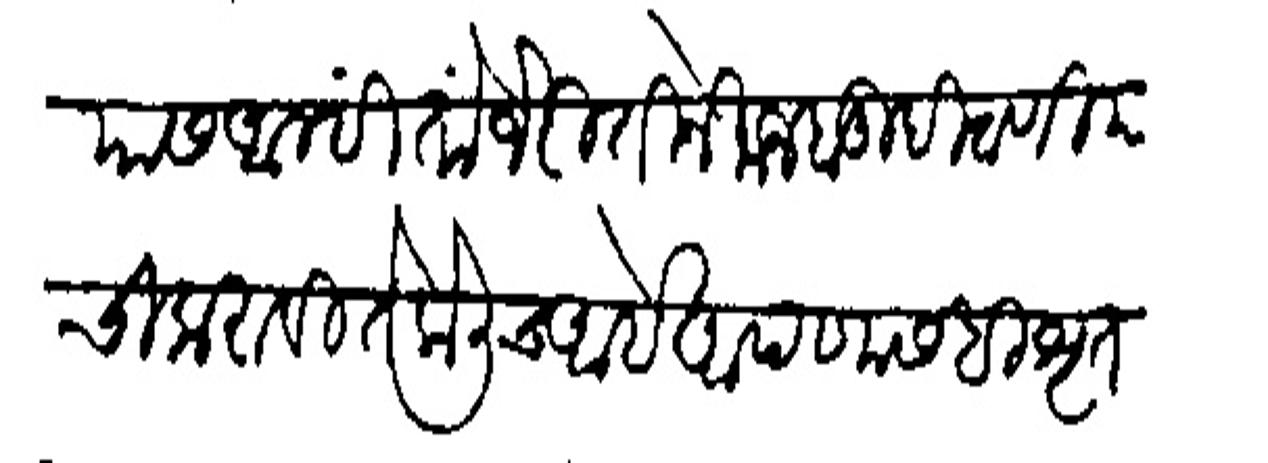
Transliteration (Devanagari): यास आम्हीं तों जे रीतीने मजबुदी ठाणीयांची करावी ते केलीच आहे आपणासहि श्रृत